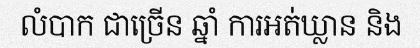
លំបាក ជាច្រើន ឆ្នាំ ការអត់ឃ្លាន និង